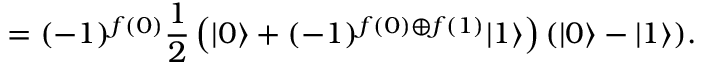
= ( - 1 ) ^ { f ( 0 ) } { \frac { 1 } { 2 } } \left( | 0 \rangle + ( - 1 ) ^ { f ( 0 ) \oplus f ( 1 ) } | 1 \rangle \right) ( | 0 \rangle - | 1 \rangle ) .